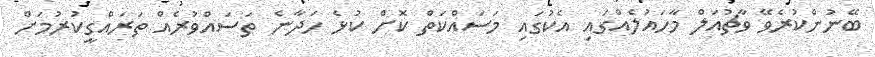
ބޭނުންކުރެވޭ ވާޗުއަލް މާހައުލެއްގައި އެކުގައި މަސައްކަތް ކޮށް ކުޅެ ހަދާނެ ތަސައްވުރެއް ތަރައްގީކުރުމަށް